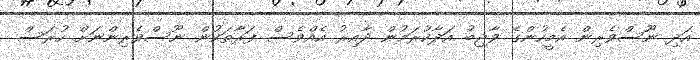
އަދި ނޫސްވެރިން އެމީހުންގެ ވާޖިބު އަދާކުރަމުން ދާއިރު އެއްވެސް ފަރާތަކުން ނޫސްވެރިންނަށް ހުރަސް